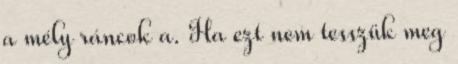
a mély ráncok a. Ha ezt nem tesszük meg